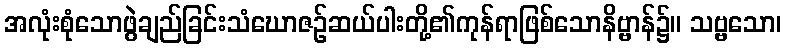
အလုံးစုံသောဖွဲချည်ခြင်းသံဃောဇဉ်ဆယ်ပါးတို့၏ကုန်ရာဖြစ်သောနိဗ္ဗာန်၌။ သဗ္ဗသော၊